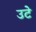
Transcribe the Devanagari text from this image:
उटे